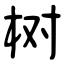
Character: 树